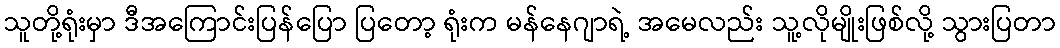
သူတို့ရုံးမှာ ဒီအကြောင်းပြန်ပြော ပြတော့ ရုံးက မန်နေဂျာရဲ့ အမေလည်း သူ့လိုမျိုးဖြစ်လို့ သွားပြတာ